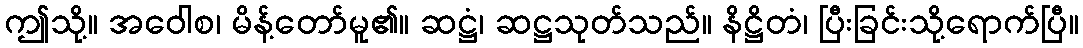
ဤသို့။ အဝေါစ၊ မိန့်တော်မူ၏။ ဆဋ္ဌံ၊ ဆဋ္ဌသုတ်သည်။ နိဋ္ဌိတံ၊ ပြီးခြင်းသို့ရောက်ပြီ။